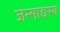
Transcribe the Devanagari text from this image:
जन्माद्यस्य